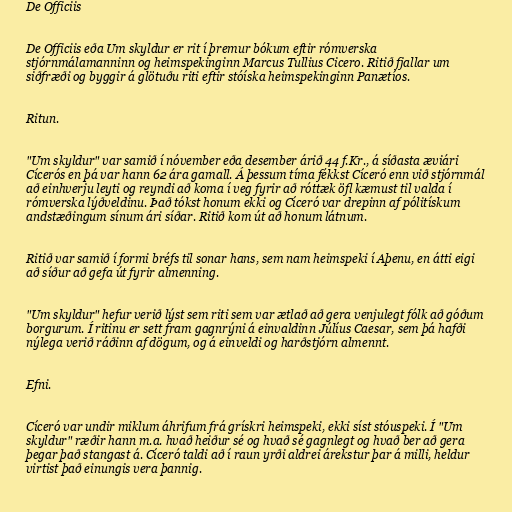
De Officiis

De Officiis eða Um skyldur er rit í þremur bókum eftir rómverska
stjórnmálamanninn og heimspekinginn Marcus Tullius Cicero. Ritið fjallar um
siðfræði og byggir á glötuðu riti eftir stóíska heimspekinginn Panætíos.

Ritun.

"Um skyldur" var samið í nóvember eða desember árið 44 f.Kr., á síðasta æviári
Cícerós en þá var hann 62 ára gamall. Á þessum tíma fékkst Cíceró enn við stjórnmál
að einhverju leyti og reyndi að koma í veg fyrir að róttæk öfl kæmust til valda í
rómverska lýðveldinu. Það tókst honum ekki og Cíceró var drepinn af pólitískum
andstæðingum sínum ári síðar. Ritið kom út að honum látnum.

Ritið var samið í formi bréfs til sonar hans, sem nam heimspeki í Aþenu, en átti eigi
að síður að gefa út fyrir almenning.

"Um skyldur" hefur verið lýst sem riti sem var ætlað að gera venjulegt fólk að góðum
borgurum. Í ritinu er sett fram gagnrýni á einvaldinn Júlíus Caesar, sem þá hafði
nýlega verið ráðinn af dögum, og á einveldi og harðstjórn almennt.

Efni.

Cíceró var undir miklum áhrifum frá grískri heimspeki, ekki síst stóuspeki. Í "Um
skyldur" ræðir hann m.a. hvað heiður sé og hvað sé gagnlegt og hvað ber að gera
þegar það stangast á. Cíceró taldi að í raun yrði aldrei árekstur þar á milli, heldur
virtist það einungis vera þannig.